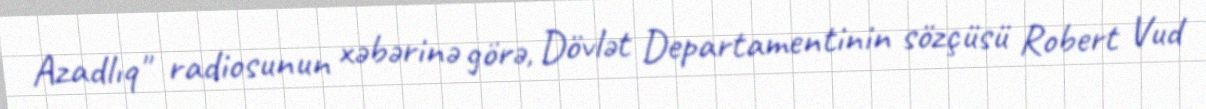
Azadlıq" radiosunun xəbərinə görə, Dövlət Departamentinin sözçüsü Robert Vud